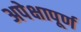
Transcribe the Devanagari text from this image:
अपेक्षापूर्ण